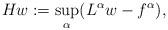
LaTeX: \begin{align*}H w := \sup_\alpha (L^\alpha w - f^\alpha),\end{align*}